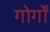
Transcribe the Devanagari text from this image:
गोर्गों